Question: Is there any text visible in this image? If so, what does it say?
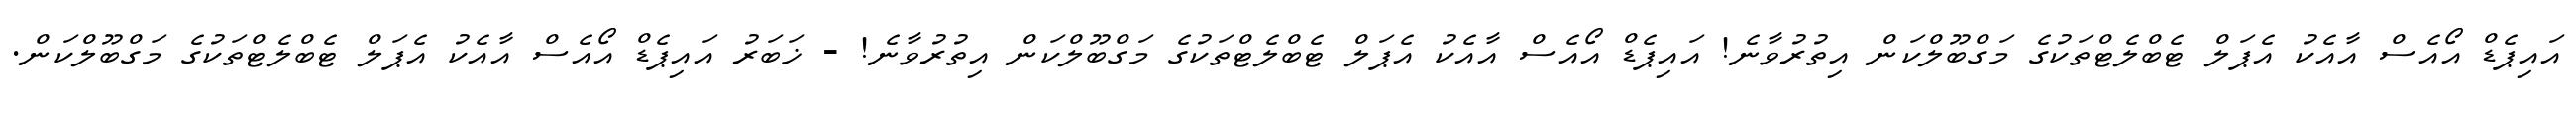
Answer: އައިޕެޑް އޯއެސް އާއެކު އެޕަލް ޓެބްލެޓްތަކުގެ މަގްބޫލްކަން އިތުރުވާނެ! އައިޕެޑް އޯއެސް އާއެކު އެޕަލް ޓެބްލެޓްތަކުގެ މަގްބޫލްކަން އިތުރުވާނެ! - ޚަބަރު އައިޕެޑް އޯއެސް އާއެކު އެޕަލް ޓެބްލެޓްތަކުގެ މަގްބޫލްކަން.